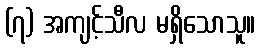
(၇) အကျင့်သီလ မရှိသောသူ။